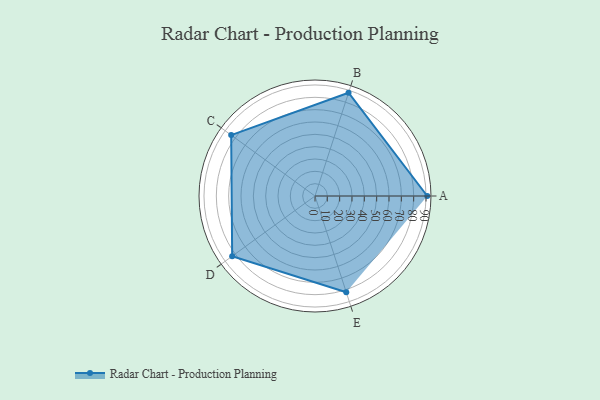
{"axis": {"x": "Skill", "y": "Score"}, "legend": ["Profile"], "data": [{"x": "A", "y": 91.0, "type": "Profile"}, {"x": "B", "y": 88.0, "type": "Profile"}, {"x": "C", "y": 84.0, "type": "Profile"}, {"x": "D", "y": 83.0, "type": "Profile"}, {"x": "E", "y": 82.0, "type": "Profile"}]}